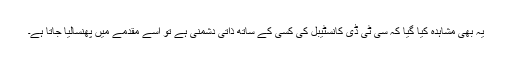
یہ بھی مشاہدہ کیا گیا کہ سی ٹی ڈی کانسٹیبل کی کسی کے ساتھ ذاتی دشمنی ہے تو اسے مقدمے میں پھنسالیا جاتا ہے۔